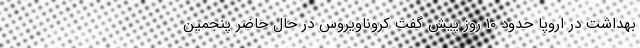
بهداشت در اروپا حدود ۱۰ روز پیش گفت کروناویروس در حال حاضر پنجمین